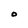
Character: O